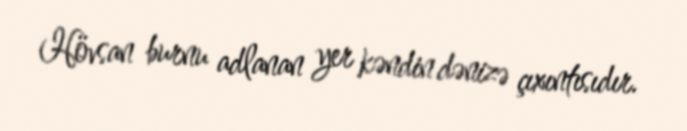
Hövsan burnu adlanan yer kəndin dənizə çıxıntısıdır.